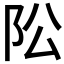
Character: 𱀄